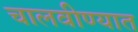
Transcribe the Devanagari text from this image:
चालवीण्यात